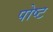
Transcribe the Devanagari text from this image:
पोष्‍ट